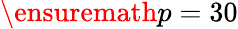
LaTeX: \ensuremath{p}=30